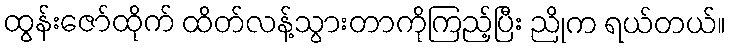
ထွန်းဇော်ထိုက် ထိတ်လန့်သွားတာကိုကြည့်ပြီး ညိုက ရယ်တယ်။